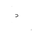
Letter: _dal